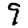
Digit: 9